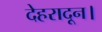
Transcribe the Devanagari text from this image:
देहरादून।